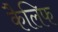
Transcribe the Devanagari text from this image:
कैलिफ